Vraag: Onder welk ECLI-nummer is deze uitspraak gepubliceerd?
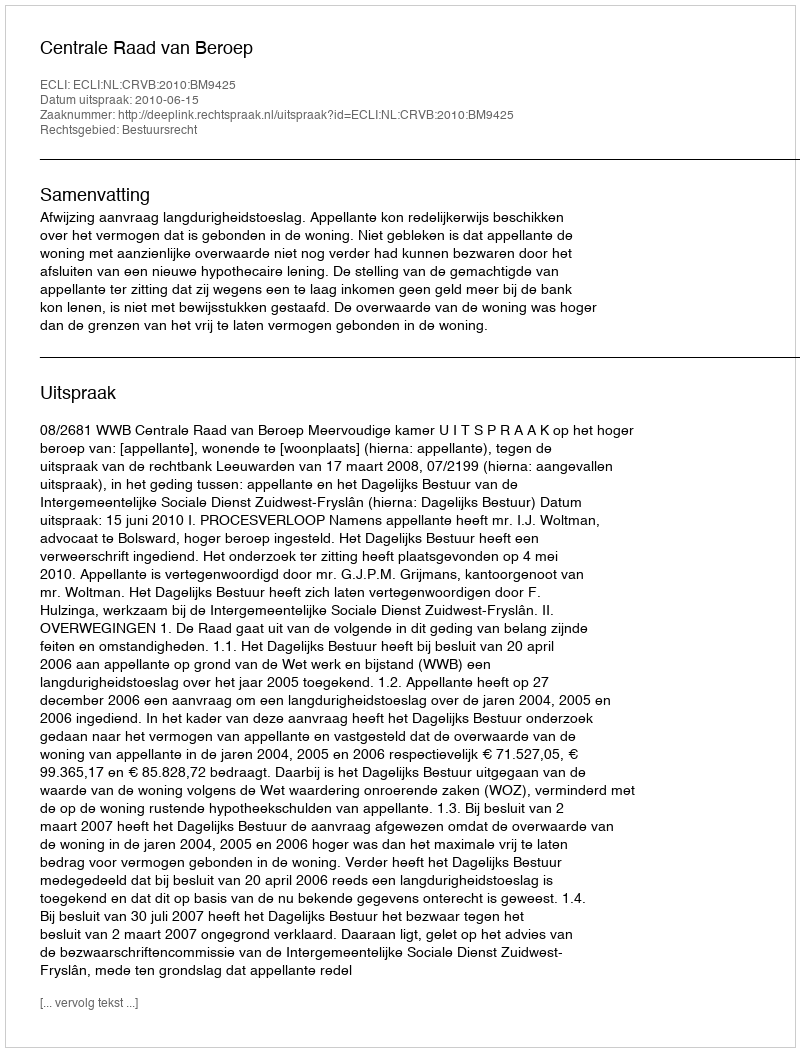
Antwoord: ECLI:NL:CRVB:2010:BM9425